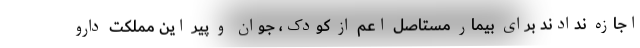
اجازه ندادند برای بیمار مستاصل اعم از کودک، جوان و پیر این مملکت دارو